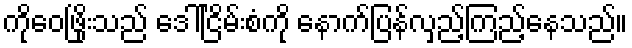
ကိုဝေဖြိုးသည် ဒေါ်ငြိမ်းစံကို နောက်ပြန်လှည့်ကြည့်နေသည်။